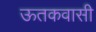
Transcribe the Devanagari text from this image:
ऊतकवासी